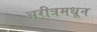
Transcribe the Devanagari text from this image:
अरीत्रमधून